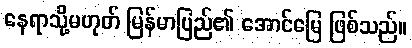
နေရာသို့မဟုတ် မြန်မာပြည်၏ အောင်မြေ ဖြစ်သည်။